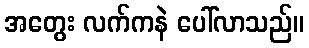
အတွေး လက်ကနဲ ပေါ်လာသည်။